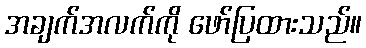
အချက်အလက်ကို ဖော်ပြထားသည်။